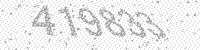
Solution: 419833